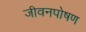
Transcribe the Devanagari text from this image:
जीवनपोषण